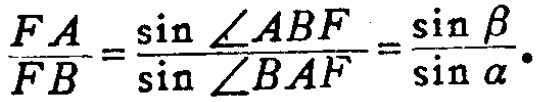
\(\frac{FA}{FB}=\frac{\sin\angle ABF}{\sin\angle BAF}=\frac{\sin\beta}{\sin\alpha}.\)